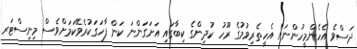
ދަސްވެ އެހެންމީހުންނަށް އެހީތެރިވުމުގެ ރޫހު ކުދިންގެ ކިބާގައި އަށަގަންނަ ކަން ފާހަގަކުރެވޭކަމަށްވެސް މިނިސްޓަރ